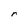
Character: r